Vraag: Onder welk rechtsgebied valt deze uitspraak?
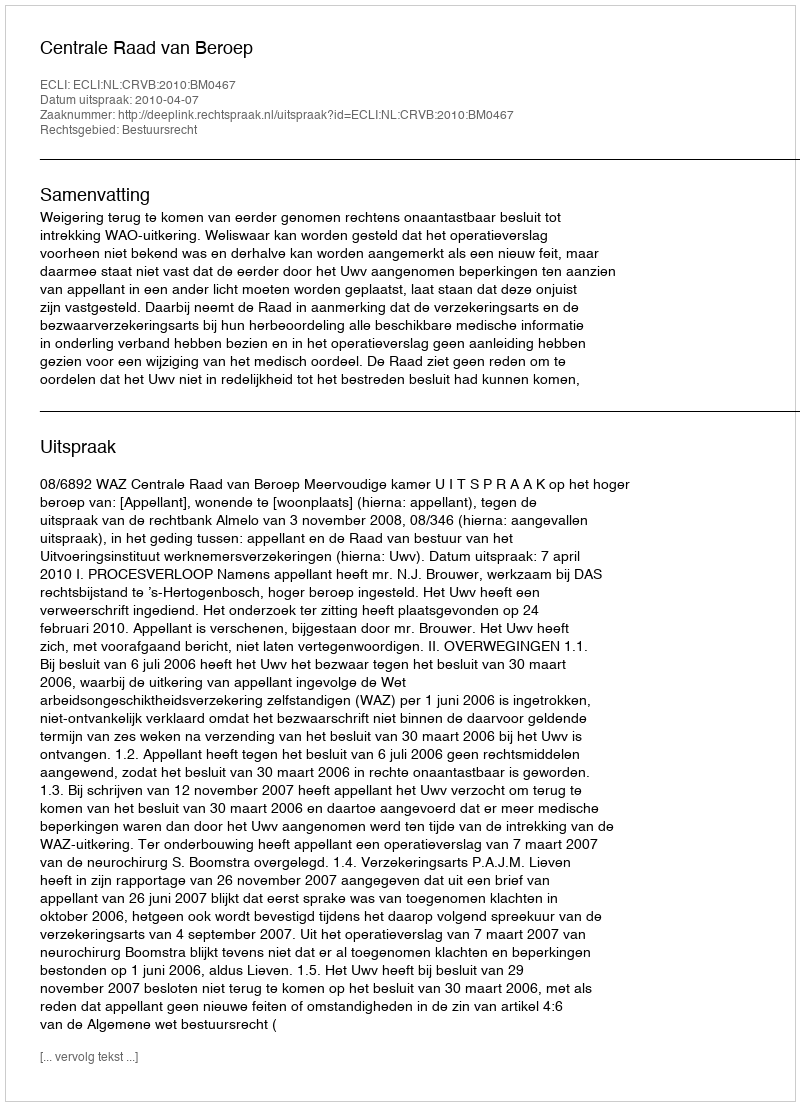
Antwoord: Bestuursrecht